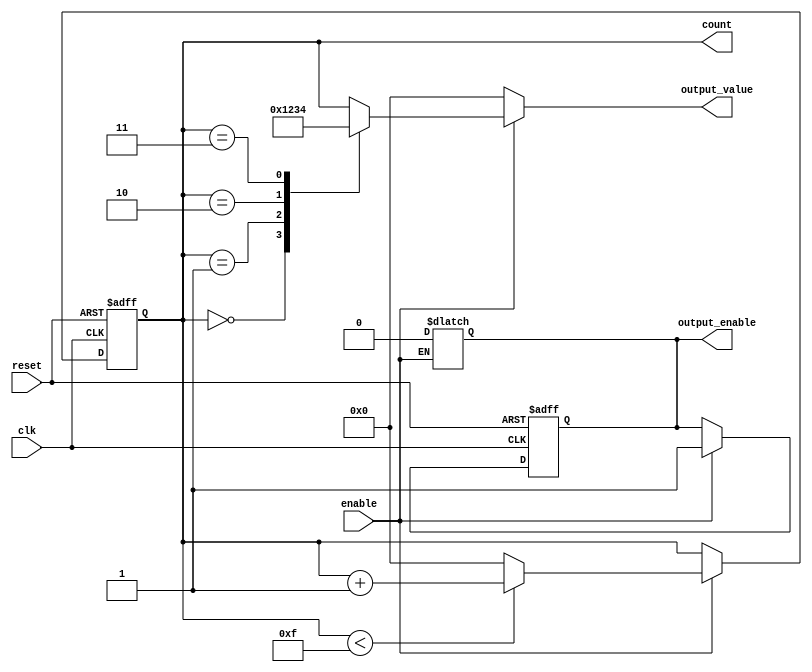
module synchronous_counter (
    input wire clk,          // Clock input
    input wire reset,        // Asynchronous reset input
    input wire enable,       // Enable input for counting
    output reg [3:0] count,  // 4-bit counter state register
    output reg output_enable, // Output enable signal
    output reg [3:0] output_value // Output value based on the count
);

// Counter maximum value
parameter MAX_COUNT = 4'b1111; // 15 for a 4-bit counter

// Asynchronous reset and counting logic
always @(posedge clk or posedge reset) begin
    if (reset) begin
        count <= 4'b0000;  // Reset the counter to 0
        output_enable <= 1'b0; // Disable output on reset
    end else if (enable) begin
        if (count < MAX_COUNT) begin
            count <= count + 1; // Increment the counter
        end else begin
            count <= 4'b0000; // Wrap around to 0
        end
        output_enable <= 1'b1; // Enable output when counting
    end
end

// Output control logic
always @(*) begin
    // Default output value
    output_value = 4'b0000;

    // Conditional output generation based on count value
    case (count)
        4'b0000: output_value = 4'b0001; // Example output condition
        4'b0001: output_value = 4'b0010; // Example output condition
        4'b0010: output_value = 4'b0011; // Example output condition
        4'b0011: output_value = 4'b0100; // Example output condition
        // Add more conditions as needed
        default: output_value = count; // Default to current count value
    endcase

    // Hold output inactive if enable is low
    if (!enable) begin
        output_enable = 1'b0; // Disable output if not enabled
        output_value = 4'b0000; // Set output to zero when not enabled
    end
end

endmodule